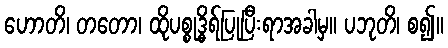
ဟောတိ၊ တတော၊ ထိုပစ္စုဒ္ဓိရ်ပြုပြီးရာအခါမှ။ ပဘုတိ၊ စ၍။